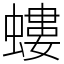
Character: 螻